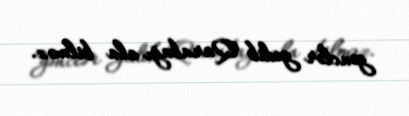
gənclər gedib Qarabağı ala bilməz.